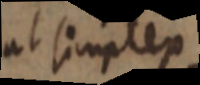
ut simplex